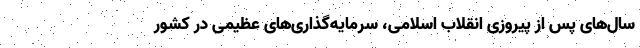
سال‌های پس از پیروزی انقلاب اسلامی، سرمایه‌گذاری‌های عظیمی در کشور